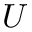
U